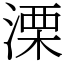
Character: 溧